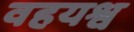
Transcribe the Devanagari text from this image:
वहयश्व